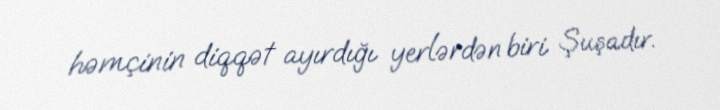
həmçinin diqqət ayırdığı yerlərdən biri Şuşadır.